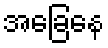
အခြေနေ